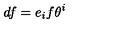
d f = e _ { i } f \theta ^ { i }